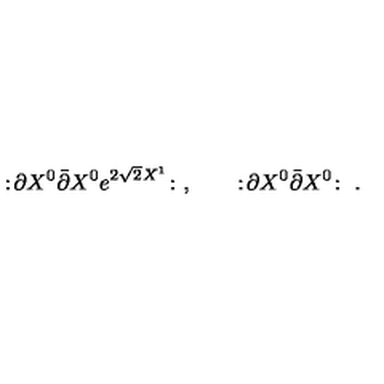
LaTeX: : \! \partial X ^ { 0 } \bar { \partial } X ^ { 0 } e ^ { 2 \sqrt 2 X ^ { 1 } } \! : \ , \qquad : \! \partial X ^ { 0 } \bar { \partial } X ^ { 0 } \! : \ .